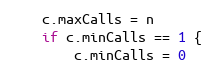
Language: Go
	c.maxCalls = n
	if c.minCalls == 1 {
		c.minCalls = 0